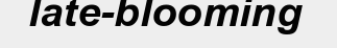
late-blooming